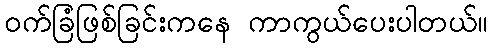
ဝက်ခြံဖြစ်ခြင်းကနေ ကာကွယ်ပေးပါတယ်။